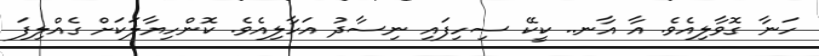
ހަނާ ގޮވާލިއެވެ. އާ އާނ.. ކީކޭ ސިހިފައި ނިސާދު އަހާލިއެވެ. ކޮންހިޔާލަކަށް ގެއްލިފަ